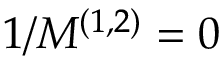
1 / M ^ { ( 1 , 2 ) } = 0